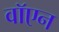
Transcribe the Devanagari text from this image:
वॉएन